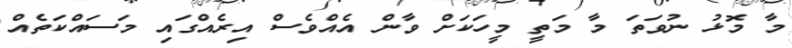
މާ މޮޅު ނުވަތަ މާ މަތީ މީހަކަށް ވާން އެއްވެސް އިރެއްގައި މަސައްކަތެއް